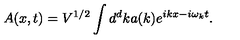
A ( x , t ) = V ^ { 1 / 2 } \int d ^ { d } k a ( k ) e ^ { i k x - i \omega _ { k } t } .